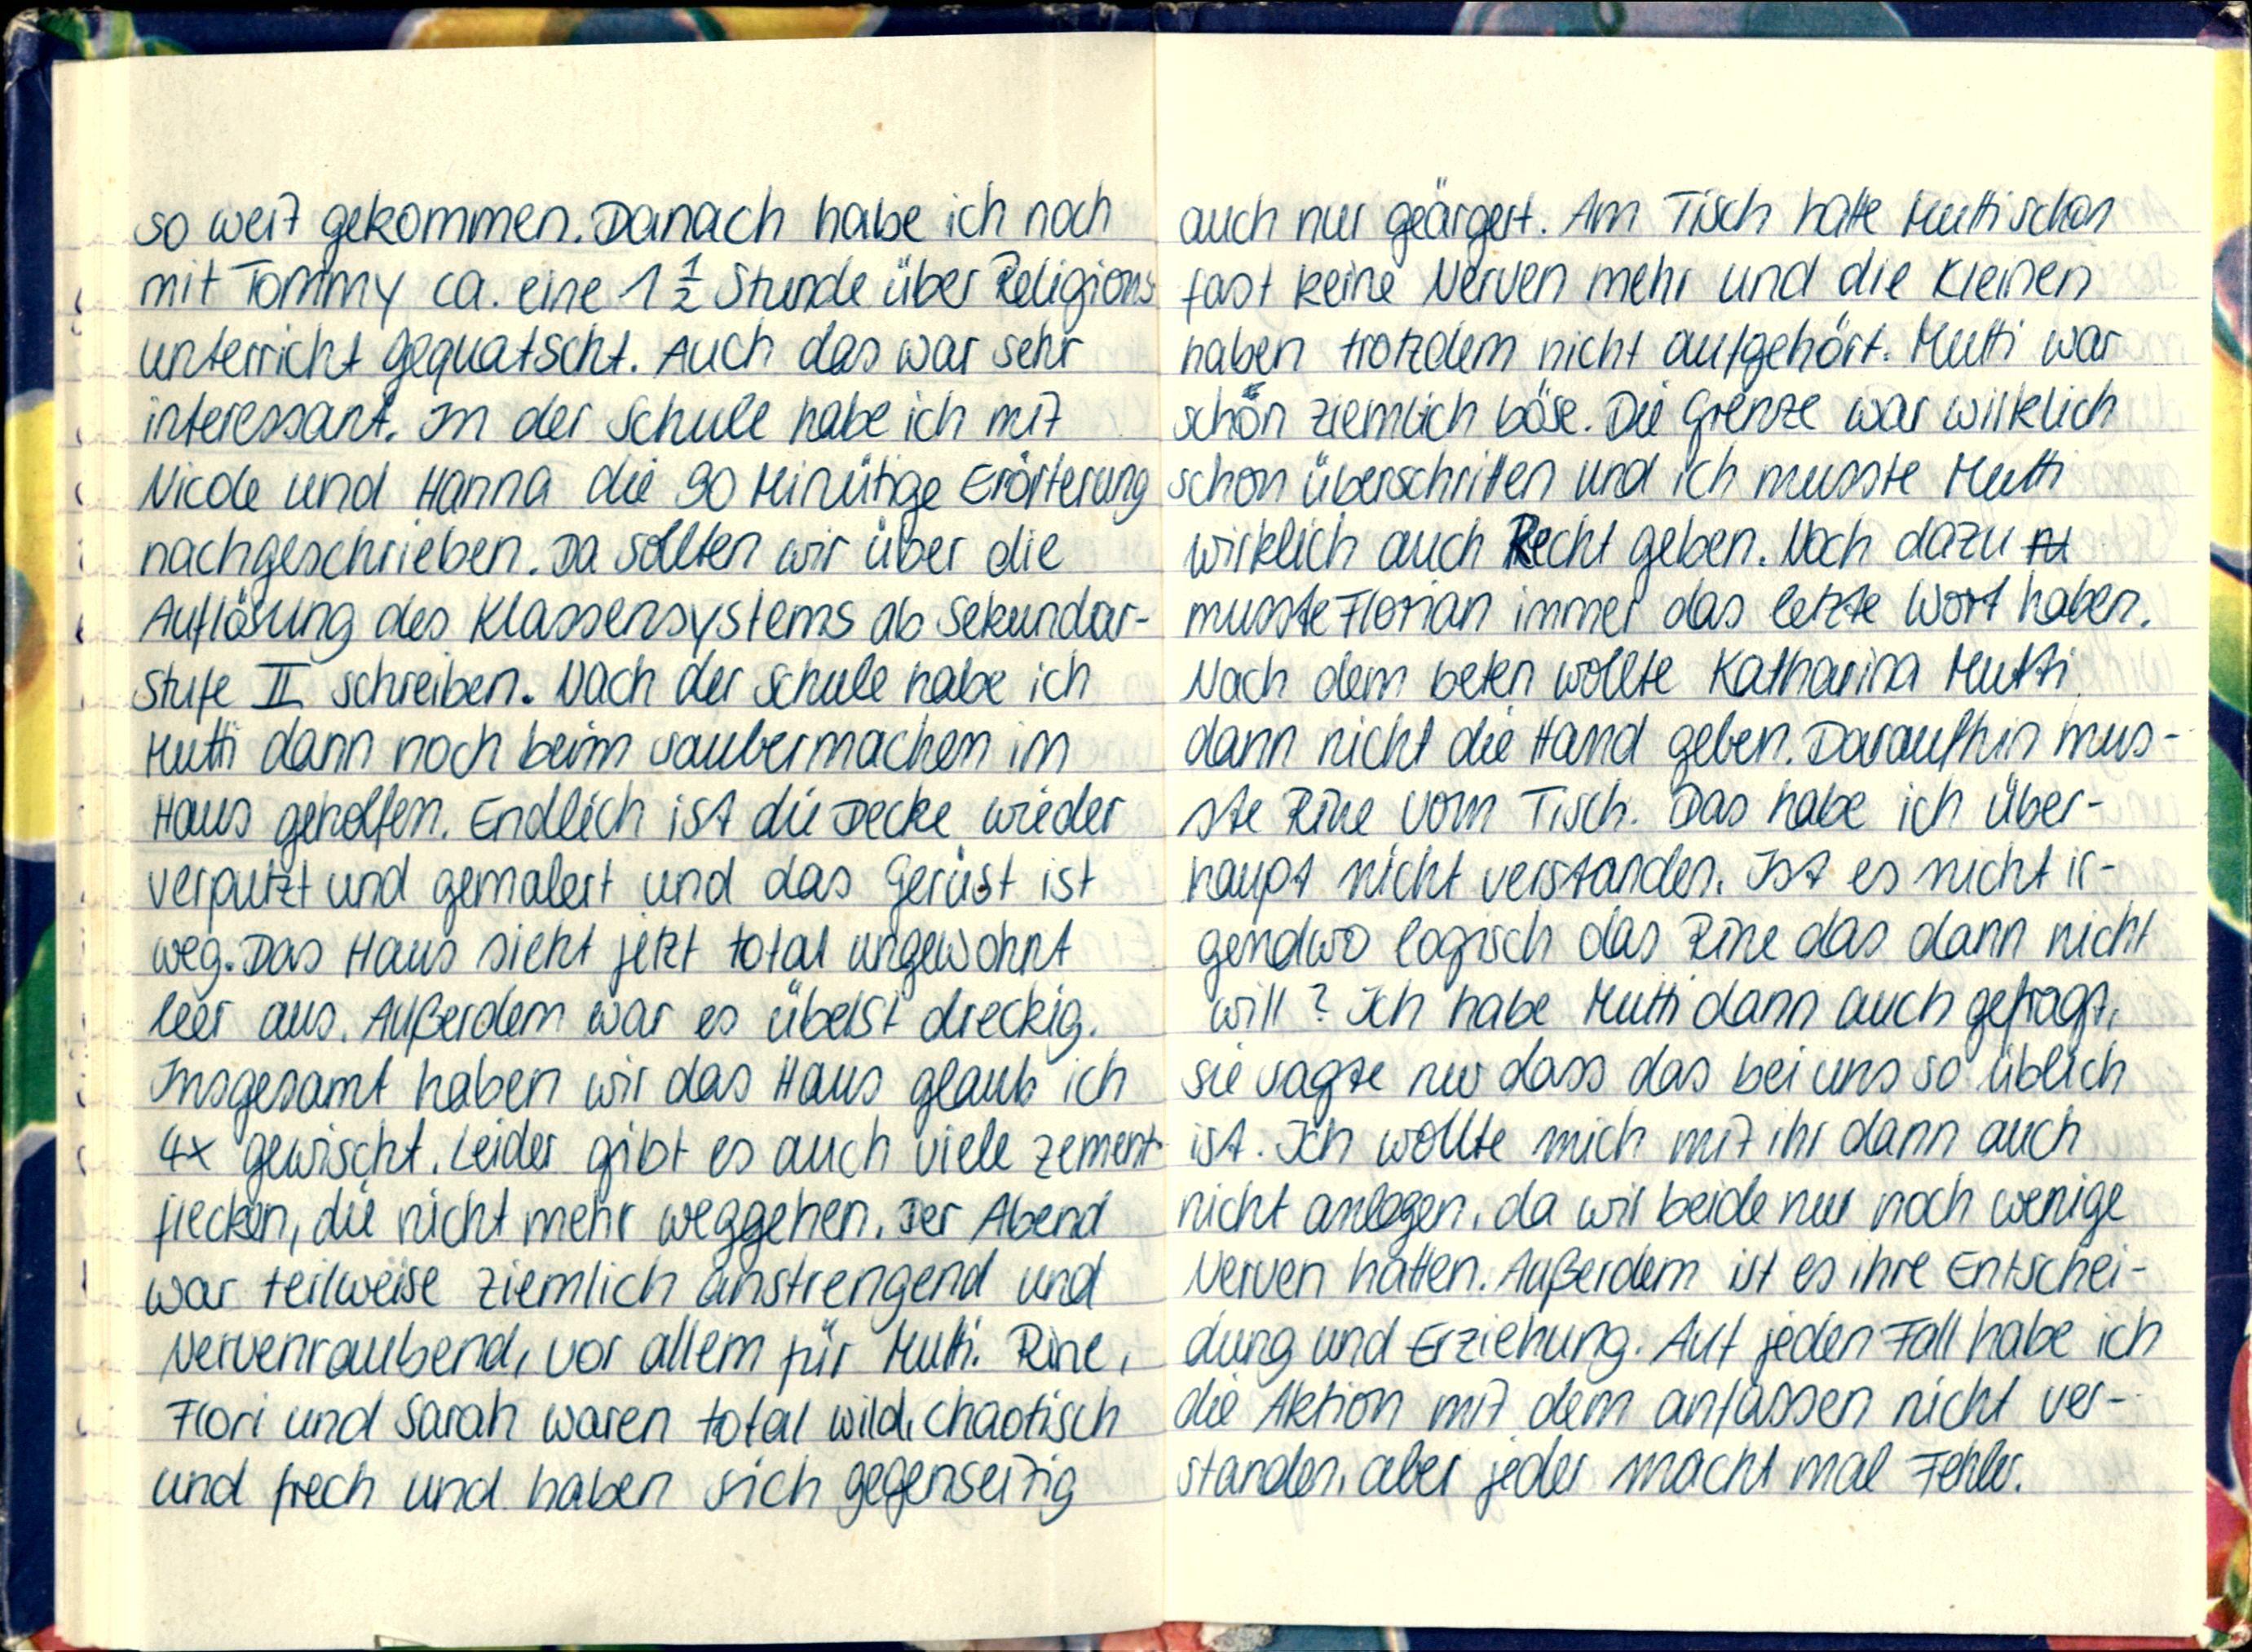
so weit gekommen. Danach habe ich noch
mit Tommy ca. eine 1 ½ Stunde über Religions-
unterricht gequatscht. Auch das war sehr
interessant. In der Schule habe ich mit
Nicole und Hanna die 90 Minütige Erörterung
nachgeschrieben. Da sollten wir über die
Auflösung des Klassensystems ab Sekundar-
stufe II schreiben. Nach der Schule habe ich
Mutti dann noch beim saubermachen im
Haus geholfen. Endlich ist die Decke wieder
verputzt und gemalert und das Gerüst ist
weg. Das Haus sieht jetzt total ungewohnt
leer aus. Außerdem war es übelst dreckig.
Insgesamt haben wir das Haus glaub ich
4x gewischt. Leider gibt es auch viele Zement-
flecken, die nicht mehr weggehen. Der Abend
war teilweise ziemlich anstrengend und
Nervenraubend, vor allem für Mutti. Rine,
Flori und Sarah waren total wild, chaotisch
und frech und haben sich gegenseitig

auch nur geärgert. Am Tisch hatte Mutti schon
fast keine Nerven mehr und die Kleinen
haben trotzdem nicht aufgehört. Mutti war
schön ziemlich böse. Die Grenze war wirklich
schon überschritten und ich musste Mutti
wirklich auch Recht geben. Noch dazu
musste Florian immer das letzte Wort haben.
Nach dem beten wollte Katharina Mutti
dann nicht die Hand geben. Daraufhin mus-
ste Rine vom Tisch. Das habe ich über-
haupt nicht verstanden. Ist es nicht ir-
gendwo logisch das Rine das dann nicht
will? Ich habe Mutti dann auch gefragt,
sie sagte nur dass das bei uns so üblich
ist. Ich wollte mich mit ihr dann auch
nicht anlagen, da wir beide nur noch wenige
Nerven hatten. Außerdem ist es ihre Entschei-
dung und Erziehung. Auf jeden Fall habe ich
die Aktion mit dem anfassen nicht ver-
standen, aber jeder macht mal Fehler.